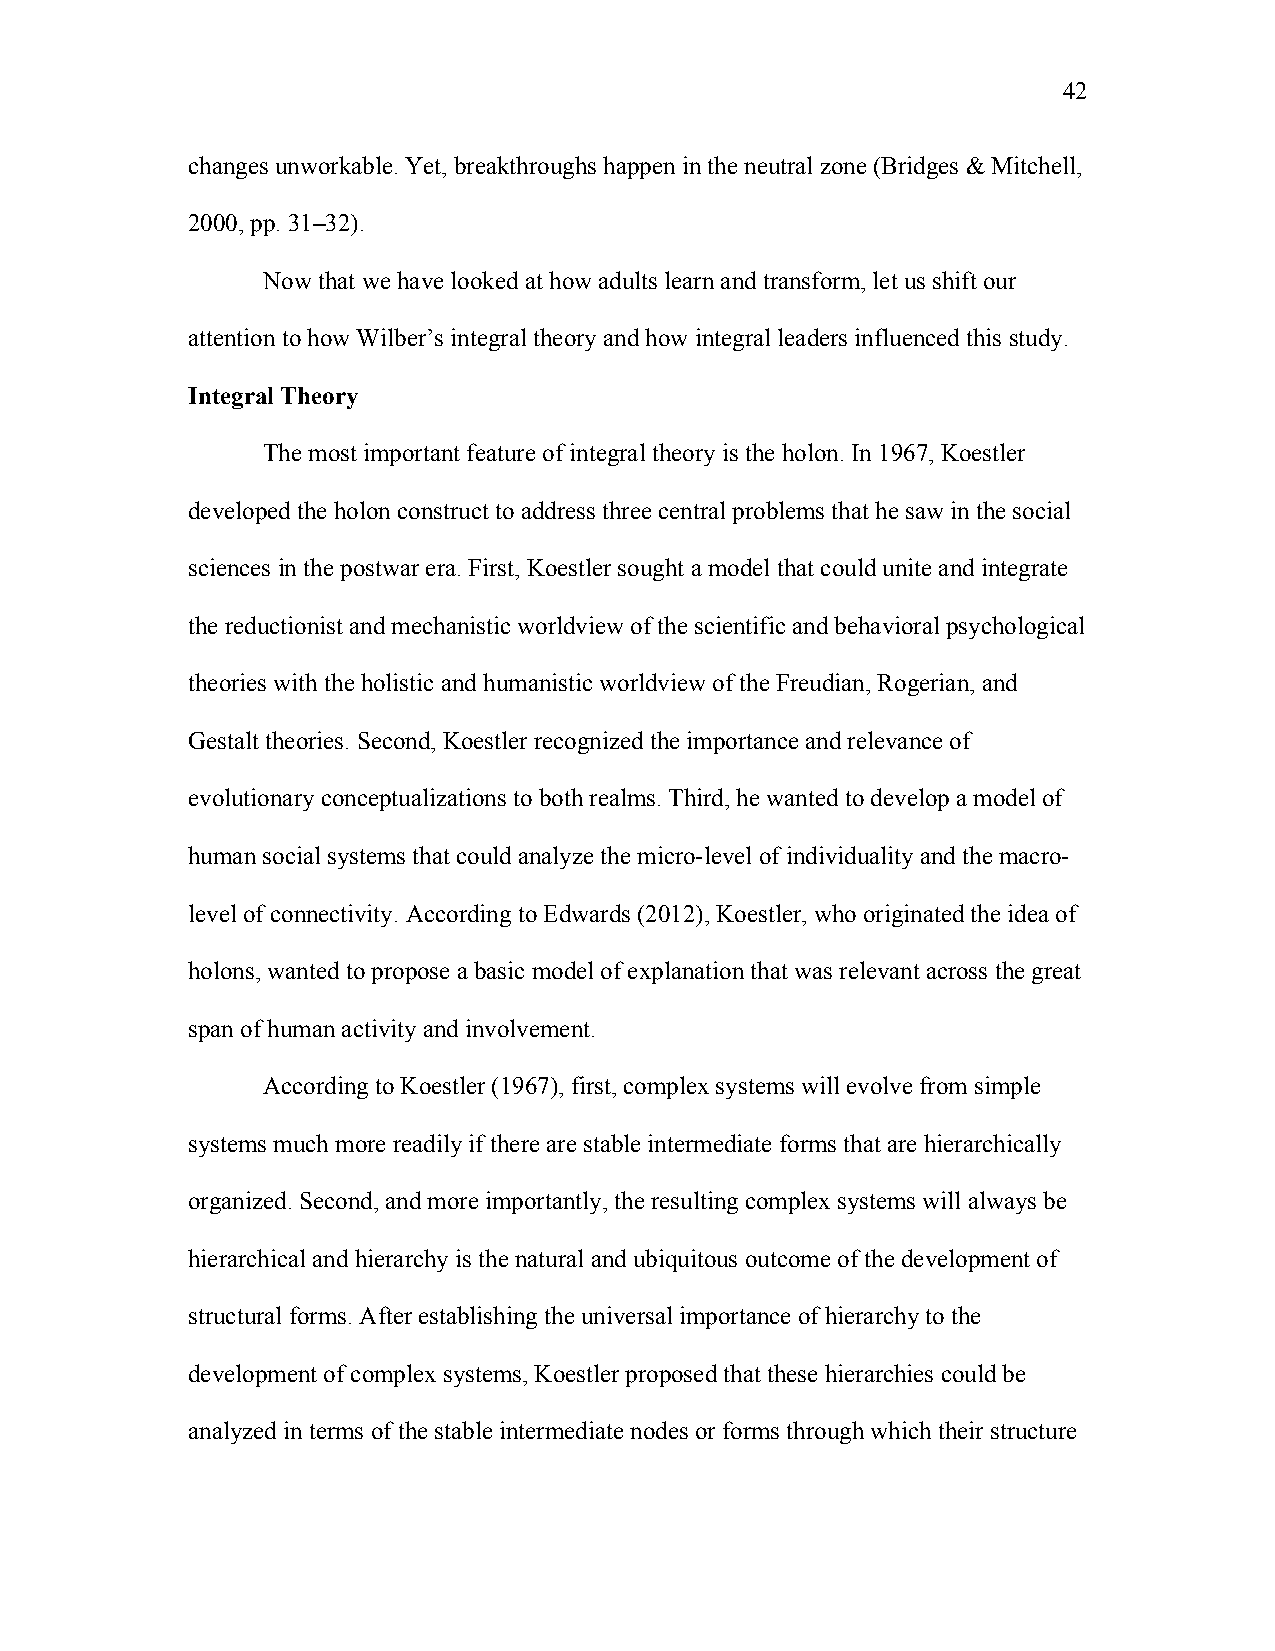
42
 changes unworkable. Yet, breakthroughs happen in the neutral zone (Bridges & Mitchell,
 2000, pp. 31–32).
 Now that we have looked at how adults learn and transform, let us shift our
 attention to how Wilber’s integral theory and how integral leaders influenced this study.
 Integral Theory
 The most important feature of integral theory is the holon. In 1967, Koestler
 developed the holon construct to address three central problems that he saw in the social
 sciences in the postwar era. First, Koestler sought a model that could unite and integrate
 the reductionist and mechanistic worldview of the scientific and behavioral psychological
 theories with the holistic and humanistic worldview of the Freudian, Rogerian, and
 Gestalt theories. Second, Koestler recognized the importance and relevance of
 evolutionary conceptualizations to both realms. Third, he wanted to develop a model of
 human social systems that could analyze the micro-level of individuality and the macro-
 level of connectivity. According to Edwards (2012), Koestler, who originated the idea of
 holons, wanted to propose a basic model of explanation that was relevant across the great
 span of human activity and involvement.
 According to Koestler (1967), first, complex systems will evolve from simple
 systems much more readily if there are stable intermediate forms that are hierarchically
 organized. Second, and more importantly, the resulting complex systems will always be
 hierarchical and hierarchy is the natural and ubiquitous outcome of the development of
 structural forms. After establishing the universal importance of hierarchy to the
 development of complex systems, Koestler proposed that these hierarchies could be
 analyzed in terms of the stable intermediate nodes or forms through which their structure